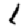
Digit: 1